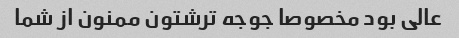
عالی بود مخصوصا جوجه ترشتون ممنون از شما